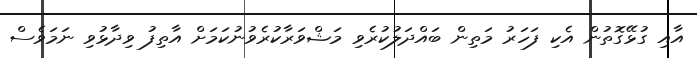
އާއި ގުޅޭގޮތުން އެކި ފަހަރު މަތިން ބައްދަލުކުރެވި މަޝްވަރާކުރެވުނުކަމަށް އާތިފު ވިދާޅުވި ނަމަވެސް